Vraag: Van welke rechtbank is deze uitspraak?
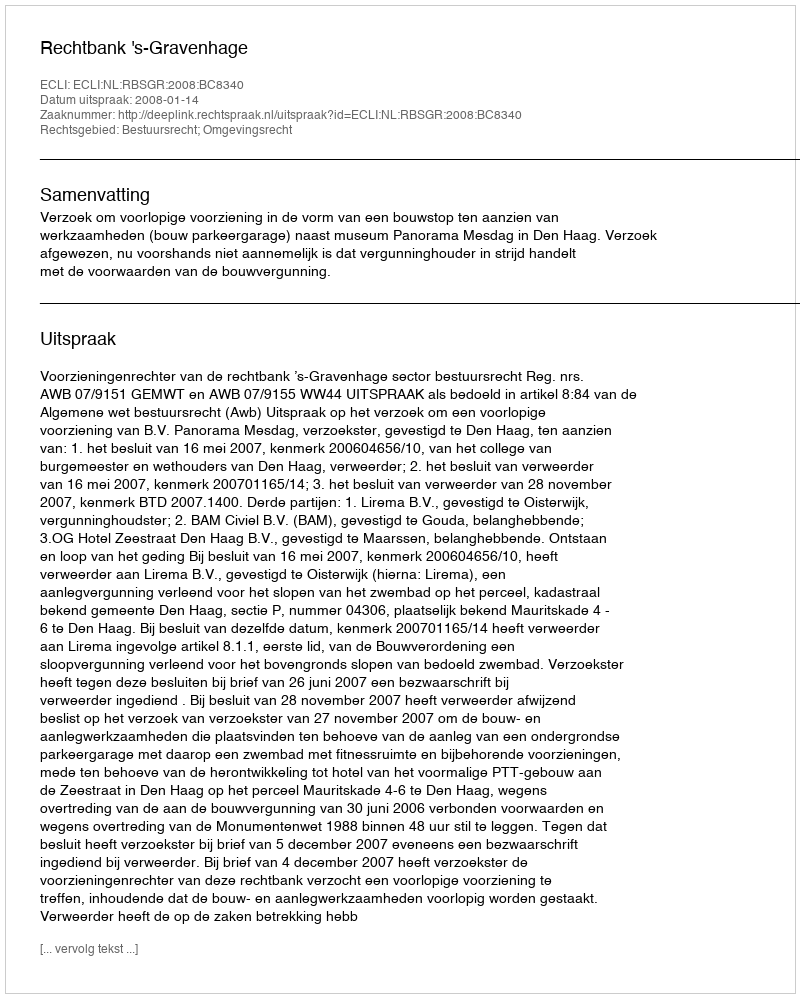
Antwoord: Rechtbank 's-Gravenhage